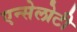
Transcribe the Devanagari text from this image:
एन्सेलोटी